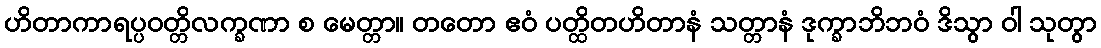
ဟိတာကာရပ္ပဝတ္တိလက္ခဏာ စ မေတ္တာ။ တတော ဧဝံ ပတ္ထိတဟိတာနံ သတ္တာနံ ဒုက္ခာဘိဘဝံ ဒိသွာ ဝါ သုတွာ